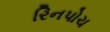
રિનપોચ